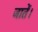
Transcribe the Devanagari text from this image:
जातें।